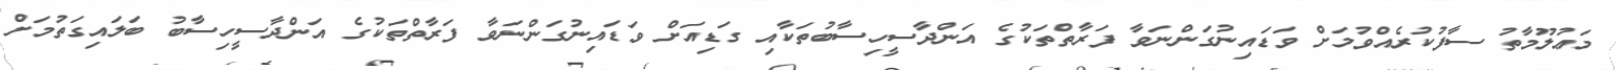
މަޢުލޫމާތު ސާފުކުރެއްވުމަށް ވަޑައިނުގަންނަވާ ފަރާތްތަކުގެ އަންދާސީހިސާބުތަކާއި ގަޑިއަށް ވަޑައިނުގަންނަވާ ފަރާތްތަކުގެ އަންދާސީހިސާބު ބަލައިގަތުމަށް